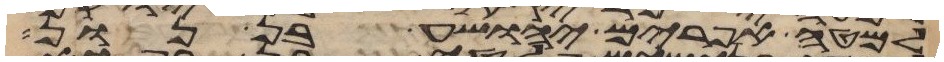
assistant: למטה אפרים יהושע בן נון